Report of the Municipal Commissioner on the plague in Bombay for the year ending 31st May... - Volume 2
Disease focus: Plague
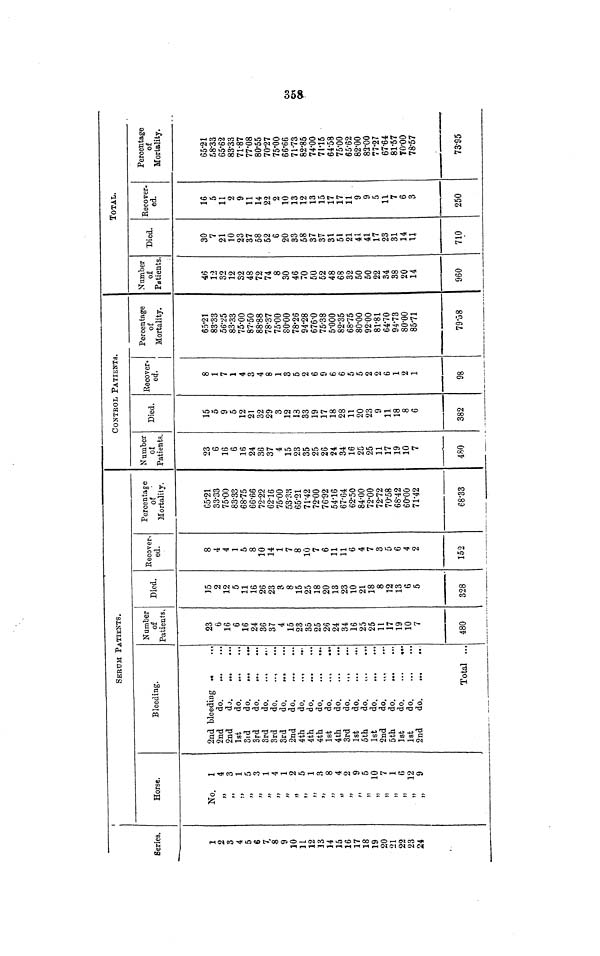
Series.
1
2
3
4
5
6
7
8
9
10
11
12
13
14
15
16
17
18
19
20
21
22
23
24
Horse.
No.
1
4
3
1
5
3
1
4
1
2
5
1
3
8
4
2
9
5
10
7
1
6
12
9
SERUM PATIENTS.
Bleeding.
2nd bleeding
2nd
do.
2nd
do.
1st
do.
3rd
do.
3rd
do.
3rd
do.
3rd
do.
3rd
do.
2nd
do.
4th
do.
4th
do.
4th
do.
1st
do.
4th
do.
3rd
do.
.,
1st
do.
5th
do.
1st
do.
2nd
do.
5th
do.
..
1st
do.
1st
do.
2nd
do.
...
Total ...
Number
of
Patients.
23
6
16
6
16
24
36
37
4
15
23
35
25
26
24
34
16
25
25
11
17
19
10
7
480
Died.
15
2
12
5
11
16
26
23
3
8
15
25
18
20
13
23
10
21
18
8
12
13
6
5
328
Recovered.
8
4
4
1
5
8
10
14
1
7
8
10
7
6
11
11
6
4
7
3
5
6
4
2
152
Percentage
of
Mortality.
65.21
33.33
75.00
83.33
68.75
66.66
72.22
62.16
75.00
53.33
65.21
71.42
72.00
76.92
54.16
67.64
62.50
84.00
72.00
72.72
70.58
68.42
60.00
71.42
68.33
CONTROL PATIENTS.
Number
of
Patients.
23
6
16
6
16
24
36
37
4
15
23
35
25
26
24
34
16
25
25
11
17
19
10
7
480
Died.
15
5
9
5
12
21
32
29
3
12
13
33
19
17
18
28
11
20
23
9
11
18
8
6
382
Recovered.
8
1
7
1
4
3
4
8
1
3
5
2
6
9
6
6
5
5
2
2
6
1
2
1
98
Percentage
of
Mortality.
65.21
83.33
56.25
83.33
75.00
87.50
88.88
78.37
75.00
80.00
78.26
94.28
676.0
75.38
5.000
82.35
68.75
80.00
9200
81.81
64.70
94.73
80.00
85.71
79.58
TOTAL.
Number
of
Patients
46
12
32
12
32
48
72
74
8
30
46
70
50
52
48
68
32
50
50
22
34
38
20
14
960
Died.
30
7
21
10
23
37
58
52
6
20
33
58
37
37
31
51
21
41
41
17
23
31
14
11
710
Recovered.
16
5
11
2
9
11
14
22
2
10
13
12
13
15
17
17
11
9
9
5
11
7
6
3
250
Percentage
of
Mortality.
65.21
58.33
65.62
83.33
71.87
77.08
80.55
70.27
75.00
66.66
71.73
82.85
74.00
71.15
64.58
75.00
65.62
82.00
82.00
77.27
67.64
81.57
70.00
78.57
73.95
358